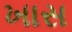
ખાસ